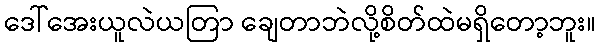
ဒေါ်အေးယူလဲယတြာ ချေတာဘဲလို့စိတ်ထဲမရှိတော့ဘူး။